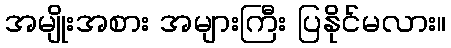
အမျိုးအစား အများကြီး ပြနိုင်မလား။